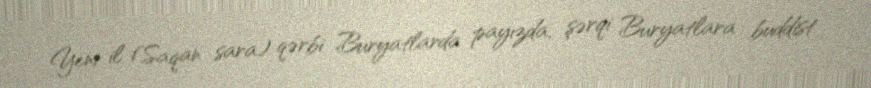
Yeni il (Saqan sara) qərbi Buryatlarda payızda, şərqi Buryatlara buddist